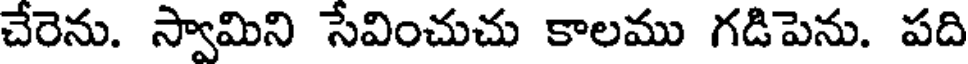
చేరెను. స్వామిని సేవించుచు కాలము గడిపెను. పది